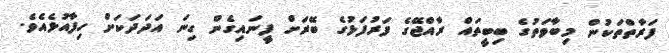
ފަރާތްތަކުން މިބާވަތުގެ ބިބީތައް ރާއްޖޭގެ ފަރުފަޅުގެ ބޭރަށް ފީނައިގެން ގިނަ އަދަދަކަށް ހިފާއުޅެއެވެ.